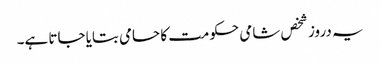
یہ دروز شخص شامی حکومت کا حامی بتایا جاتا ہے۔